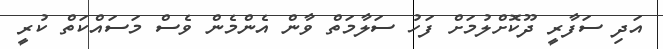
އަދި ސަފާރީ ދޫކޮށްލުމަށް ފަހު ސަލާމަތް ވާން އެންމެން ވެސް މަސައްކަތް ކުރީ